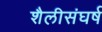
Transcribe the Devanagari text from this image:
शैलीसंघर्ष